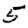
Digit: 5